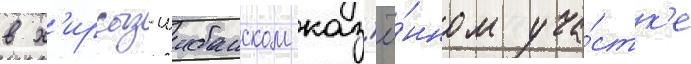
в х'ирсыз-шибанском каз'ё́нном уча́стк'е